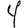
Digit: 4